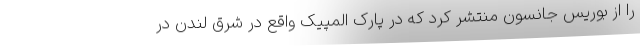
را از بوریس جانسون منتشر کرد که در پارک المپیک واقع در شرق لندن در